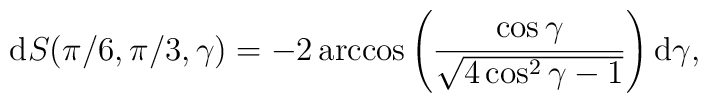
\mbox{d}S(\pi/6,\pi/3,\gamma)=-2\arccos\left(\frac{\cos\gamma}{\sqrt{4\cos^2\gamma-1}}\right) \mbox{d}\gamma,